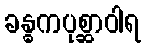
ခန္ဓကပုစ္ဆာဝါရ